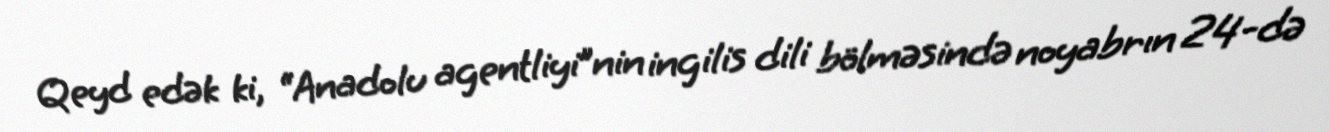
Qeyd edək ki, “Anadolu agentliyi”nin ingilis dili bölməsində noyabrın 24-də